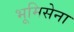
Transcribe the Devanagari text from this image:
भूमिसेना